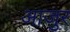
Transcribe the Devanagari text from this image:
आजुर